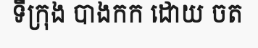
ទីក្រុង បាងកក ដោយ ចត